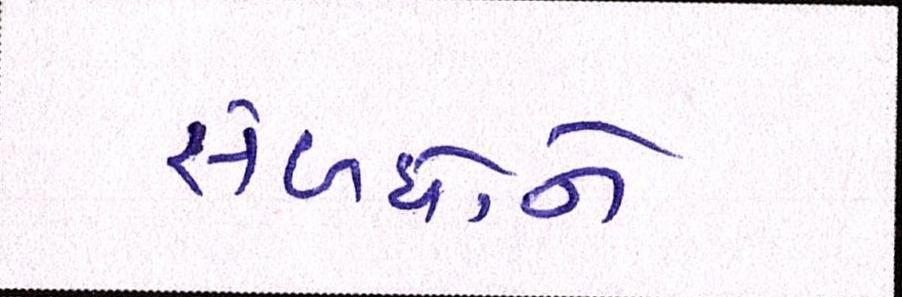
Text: સંબંધોને